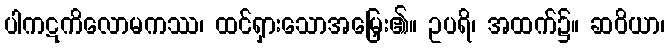
ပါကဋကိလောမကဿ၊ ထင်ရှားသောအမြှေး၏။ ဥပရိ၊ အထက်၌။ ဆဝိယာ၊